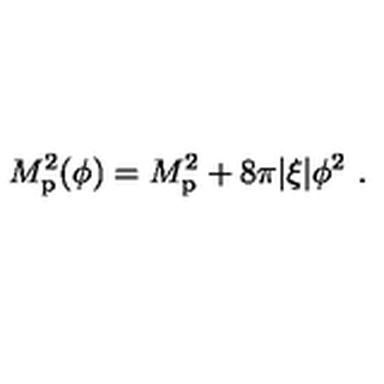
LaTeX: M _ { \mathrm { p } } ^ { 2 } ( \phi ) = M _ { \mathrm { p } } ^ { 2 } + 8 \pi | \xi | \phi ^ { 2 } \ .